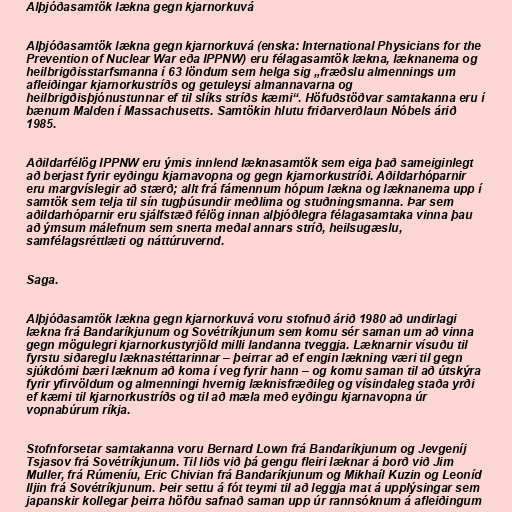
Alþjóðasamtök lækna gegn kjarnorkuvá

Alþjóðasamtök lækna gegn kjarnorkuvá (enska: International Physicians for the
Prevention of Nuclear War eða IPPNW) eru félagasamtök lækna, læknanema og
heilbrigðisstarfsmanna í 63 löndum sem helga sig „fræðslu almennings um
afleiðingar kjarnorkustríðs og getuleysi almannavarna og
heilbrigðisþjónustunnar ef til slíks stríðs kæmi“. Höfuðstöðvar samtakanna eru í
bænum Malden í Massachusetts. Samtökin hlutu friðarverðlaun Nóbels árið
1985.

Aðildarfélög IPPNW eru ýmis innlend læknasamtök sem eiga það sameiginlegt
að berjast fyrir eyðingu kjarnavopna og gegn kjarnorkustríði. Aðildarhóparnir
eru margvíslegir að stærð; allt frá fámennum hópum lækna og læknanema upp í
samtök sem telja til sín tugþúsundir meðlima og stuðningsmanna. Þar sem
aðildarhóparnir eru sjálfstæð félög innan alþjóðlegra félagasamtaka vinna þau
að ýmsum málefnum sem snerta meðal annars stríð, heilsugæslu,
samfélagsréttlæti og náttúruvernd.

Saga.

Alþjóðasamtök lækna gegn kjarnorkuvá voru stofnuð árið 1980 að undirlagi
lækna frá Bandaríkjunum og Sovétríkjunum sem komu sér saman um að vinna
gegn mögulegri kjarnorkustyrjöld milli landanna tveggja. Læknarnir vísuðu til
fyrstu siðareglu læknastéttarinnar – þeirrar að ef engin lækning væri til gegn
sjúkdómi bæri læknum að koma í veg fyrir hann – og komu saman til að útskýra
fyrir yfirvöldum og almenningi hvernig læknisfræðileg og vísindaleg staða yrði
ef kæmi til kjarnorkustríðs og til að mæla með eyðingu kjarnavopna úr
vopnabúrum ríkja.

Stofnforsetar samtakanna voru Bernard Lown frá Bandaríkjunum og Jevgeníj
Tsjasov frá Sovétríkjunum. Til liðs við þá gengu fleiri læknar á borð við Jim
Muller, frá Rúmeníu, Eric Chivian frá Bandaríkjunum og Mikhaíl Kuzin og Leoníd
Iljin frá Sovétríkjunum. Þeir settu á fót teymi til að leggja mat á upplýsingar sem
japanskir kollegar þeirra höfðu safnað saman upp úr rannsóknum á afleiðingum